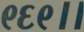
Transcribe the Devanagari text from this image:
९६९।।